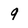
Character: 9